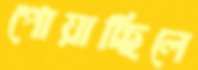
পোয়াচ্ছিলে